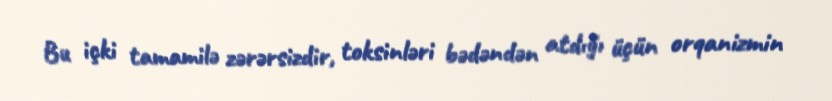
Bu içki tamamilə zərərsizdir, toksinləri bədəndən atdığı üçün orqanizmin